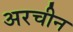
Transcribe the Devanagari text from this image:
अरचीन